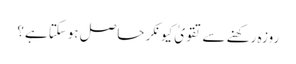
روزہ رکھنے سے تقویٰ کیونکر حاصل ہوسکتا ہے؟